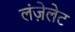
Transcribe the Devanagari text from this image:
लंज़ेलेट